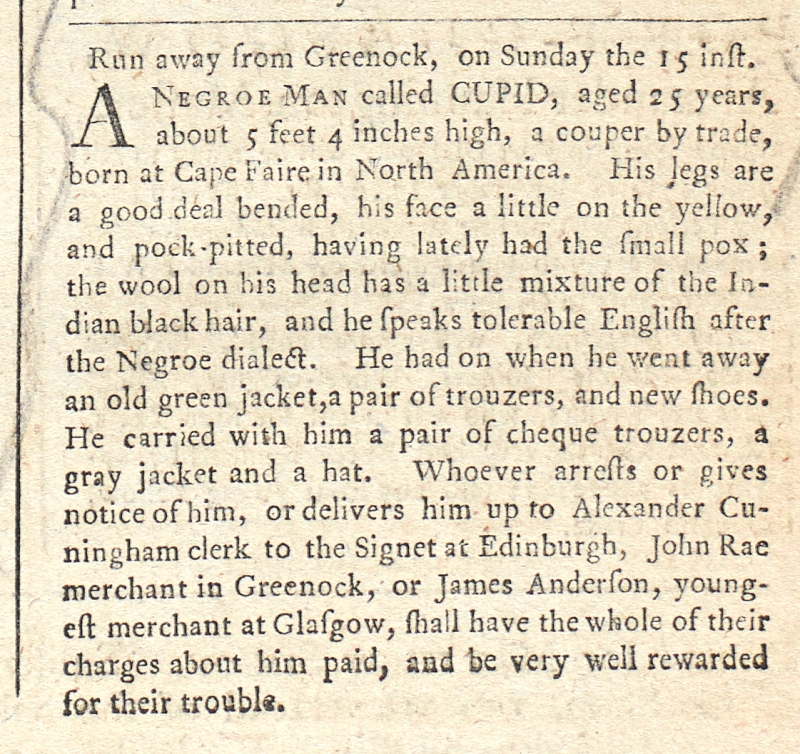
Glasgow Courant, 6 September 1756 (Scotland)
Run away from Greenock, on Sunday the 15 inst.
A NEGROE MAN called CUPID, aged 25 years, about 5 feet 4 inches high, a couper by trade, born at Cape Faire in North America. His legs are a good deal bended, his face a little on the yellow, and pock-pitted, having lately had the small pox; the wool on his head, has a little mixture of the Indian black hair, and he speaks tolerable English after the Negroe dialect. He had on when he went away, an old green jacket, a pair of trouzers, and new shoes. He carried with him a pair of cheque trouzers, a gray jacket and a hat. Whoever arrests or gives notice of him, or delivers him up to Alexander Cunningham clerk to the Signet at Edinburgh, John Rae merchant in Greenock, or James Anderson, youngest merchant at Glasgow, shall have the whole of their charges about him paid, and be very well rewarded for their trouble.